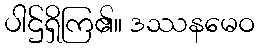
ပါဌ်ရှိကြ၏။ ဒဿနမေဝ